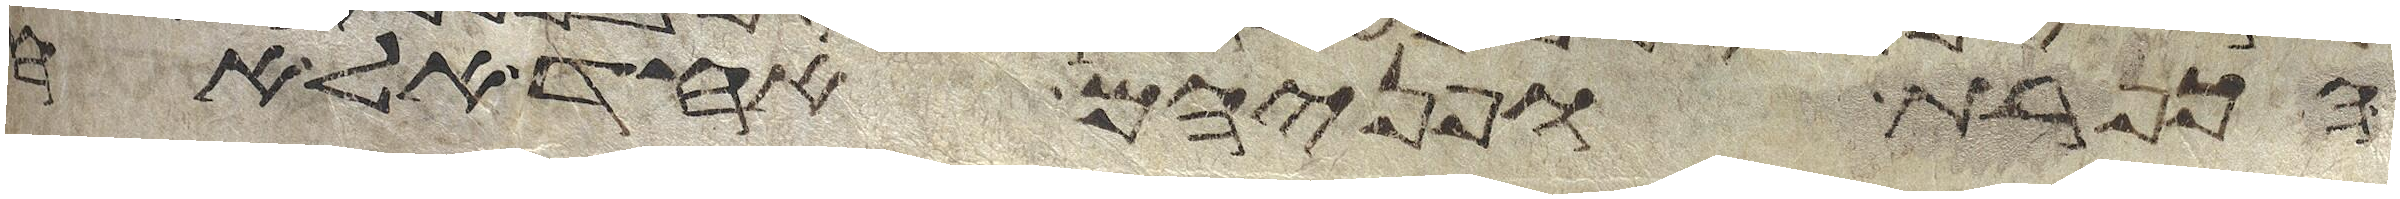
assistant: הכפרת ופניהם אחד אל אחד